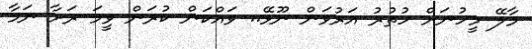
މާލޭ މީހުނަށް ހުތުރު އަރުވަން ނޫޅޭ.. ވައްކަން ކުރަން ވީމަ ރަށާ ނަމާ